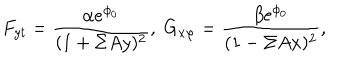
F _ { y t } = \frac { \alpha e ^ { \phi _ { 0 } } } { ( 1 + \Sigma A y ) ^ { 2 } } , \; G _ { x \varphi } = \frac { \beta e ^ { \phi _ { 0 } } } { ( 1 - \Sigma A x ) ^ { 2 } } ,